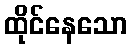
ထိုင်နေသော